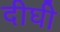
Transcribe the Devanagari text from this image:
दीघी